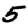
Digit: 5